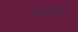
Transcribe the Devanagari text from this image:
साओयार